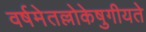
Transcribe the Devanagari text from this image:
वर्षमेतल्लोकेषुगीयते